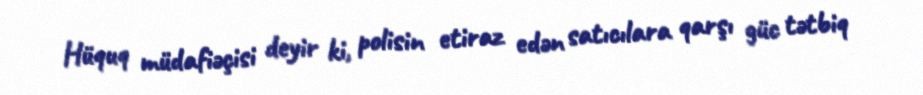
Hüquq müdafiəçisi deyir ki, polisin etiraz edən satıcılara qarşı güc tətbiq